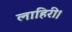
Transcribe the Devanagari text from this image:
लाहिरी।